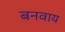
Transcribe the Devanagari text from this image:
बनवाय